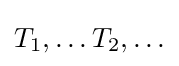
T_{1},\ldots T_{2},\ldots